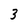
Character: 3